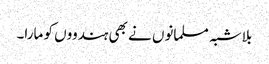
بلاشبہ مسلمانوں نے بھی ہندووں کو مارا۔